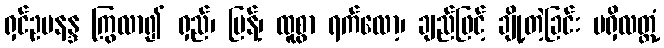
ရှင်ဥပနန္ဒ ကြွလာ၍ ရှည်၊ ပြန့်၊ ထူစွာ ရက်လော့၊ ချည်ဖြင့် ချို့တဲ့ခြင်း မရှိလတ္တံ့